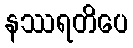
နဿရတိပေ